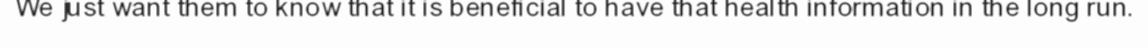
We just want them to know that it is beneficial to have that health information in the long run.